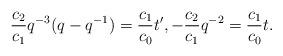
LaTeX: \begin{align*}\frac{c_{2}}{c_{1}} q^{-3} (q - q^{-1}) =\frac{c_{1}}{c_{0}} t^{\prime}, - \frac{c_{2}}{c_{1}} q^{-2}=\frac{c_{1}}{c_{0}} t.\end{align*}